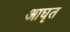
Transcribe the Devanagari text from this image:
आघृत